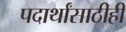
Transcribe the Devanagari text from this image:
पदार्थांसाठीही